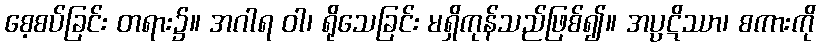
စေ့စပ်ခြင်း တရား၌။ အဂါရ ဝါ၊ ရိုသေခြင်း မရှိကုန်သည်ဖြစ်၍။ အပ္ပဋိဿာ၊ စကားကို